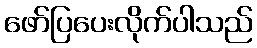
ဖော်ပြပေးလိုက်ပါသည်